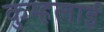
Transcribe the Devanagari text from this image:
कुम्हलाई